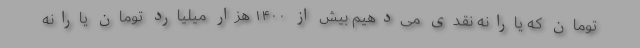
تومان که یارانه نقدی می‌دهیم بیش از ۱۴۰۰ هزار میلیارد تومان یارانه